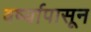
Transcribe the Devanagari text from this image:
वर्ष्यापासून